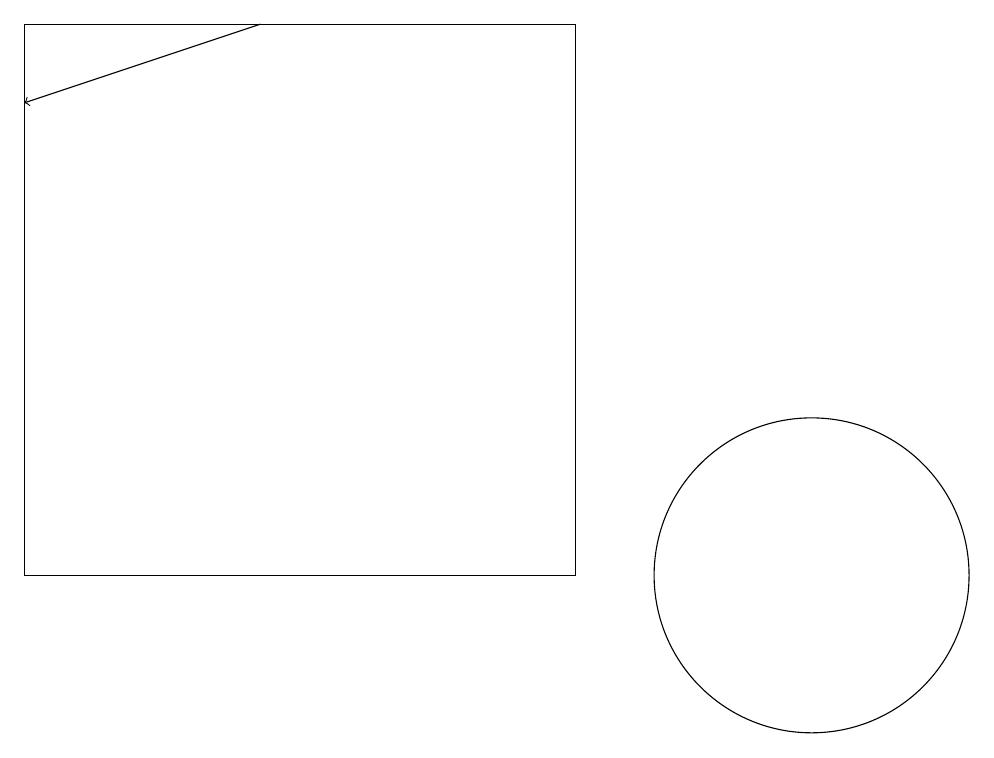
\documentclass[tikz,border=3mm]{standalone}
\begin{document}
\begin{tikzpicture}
\draw (11,12) circle (2);
\draw[->] (4,19) -- (1,18);
\draw (8,19) rectangle (1,12);
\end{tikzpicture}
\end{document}